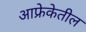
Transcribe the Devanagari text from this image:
आफ्रेकेतील